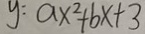
y = a x ^ { 2 } + b x + 3